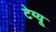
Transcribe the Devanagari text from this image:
टेग्यू